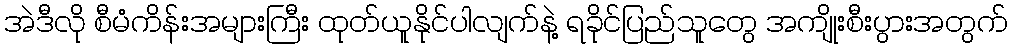
အဲဒီလို စီမံကိန်းအများကြီး ထုတ်ယူနိုင်ပါလျက်နဲ့ ရခိုင်ပြည်သူတွေ အကျိုးစီးပွားအတွက်